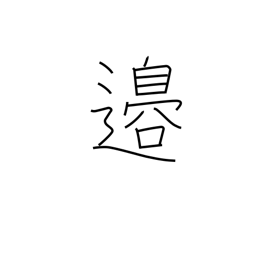
Meaning: border